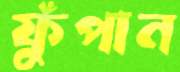
ফুঁপান